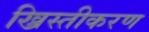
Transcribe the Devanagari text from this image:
ख्रिस्तीकरण